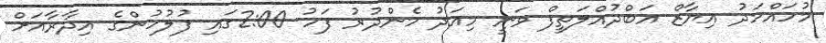
މުހައްމަދު އިޔާޒް އަބްދުއްލަތީފް ވަނީ މިއަދު މެންދުރު ފަހު 2:00ގައި ފުލުހުންގެ އިދާރާއަށް